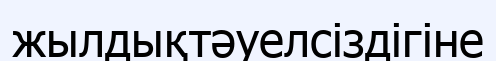
жылдықтәуелсіздігіне